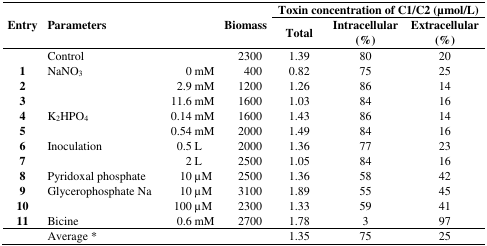
<table><thead><tr><td rowspan="2"><b>Entry</b></td><td rowspan="2"><b>Parameters</b></td><td rowspan="2"></td><td rowspan="2"><b>Biomass</b></td><td colspan="3"><b>Toxin concentration of C1/C2 (μmol/L)</b></td></tr><tr><td><b>Total</b></td><td><b>Intracellular (%)</b></td><td><b>Extracellular (%)</b></td></tr></thead><tbody><tr><td></td><td>Control</td><td></td><td>2300</td><td>1.39</td><td>80</td><td>20</td></tr><tr><td><b>1</b></td><td>NaNO<sub>3</sub></td><td>0 mM</td><td>400</td><td>0.82</td><td>75</td><td>25</td></tr><tr><td><b>2</b></td><td></td><td>2.9 mM</td><td>1200</td><td>1.26</td><td>86</td><td>14</td></tr><tr><td><b>3</b></td><td></td><td>11.6 mM</td><td>1600</td><td>1.03</td><td>84</td><td>16</td></tr><tr><td><b>4</b></td><td>K<sub>2</sub>HPO<sub>4</sub></td><td>0.14 mM</td><td>1600</td><td>1.43</td><td>86</td><td>14</td></tr><tr><td><b>5</b></td><td></td><td>0.54 mM</td><td>2000</td><td>1.49</td><td>84</td><td>16</td></tr><tr><td><b>6</b></td><td>Inoculation</td><td>0.5 L</td><td>2000</td><td>1.36</td><td>77</td><td>23</td></tr><tr><td><b>7</b></td><td></td><td>2 L</td><td>2500</td><td>1.05</td><td>84</td><td>16</td></tr><tr><td><b>8</b></td><td>Pyridoxal phosphate</td><td>10 μM</td><td>2500</td><td>1.36</td><td>58</td><td>42</td></tr><tr><td><b>9</b></td><td>Glycerophosphate Na</td><td>10 μM</td><td>3100</td><td>1.89</td><td>55</td><td>45</td></tr><tr><td><b>10</b></td><td></td><td>100 μM</td><td>2300</td><td>1.33</td><td>59</td><td>41</td></tr><tr><td><b>11</b></td><td>Bicine</td><td>0.6 mM</td><td>2700</td><td>1.78</td><td>3</td><td>97</td></tr><tr><td></td><td>Average *</td><td></td><td></td><td>1.35</td><td>75</td><td>25</td></tr></tbody></table>